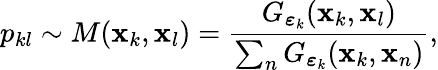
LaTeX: p_{kl}\sim M(\mathbf{x}_{k},\mathbf{x}_{l})=\frac{G_{\boldsymbol{\varepsilon}_{k}}(\mathbf{x}_{k},\mathbf{x}_{l})}{\sum_{n}G_{\boldsymbol{\varepsilon}_{k}}(\mathbf{x}_{k},\mathbf{x}_{n})},